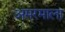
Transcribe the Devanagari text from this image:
अमरमाला